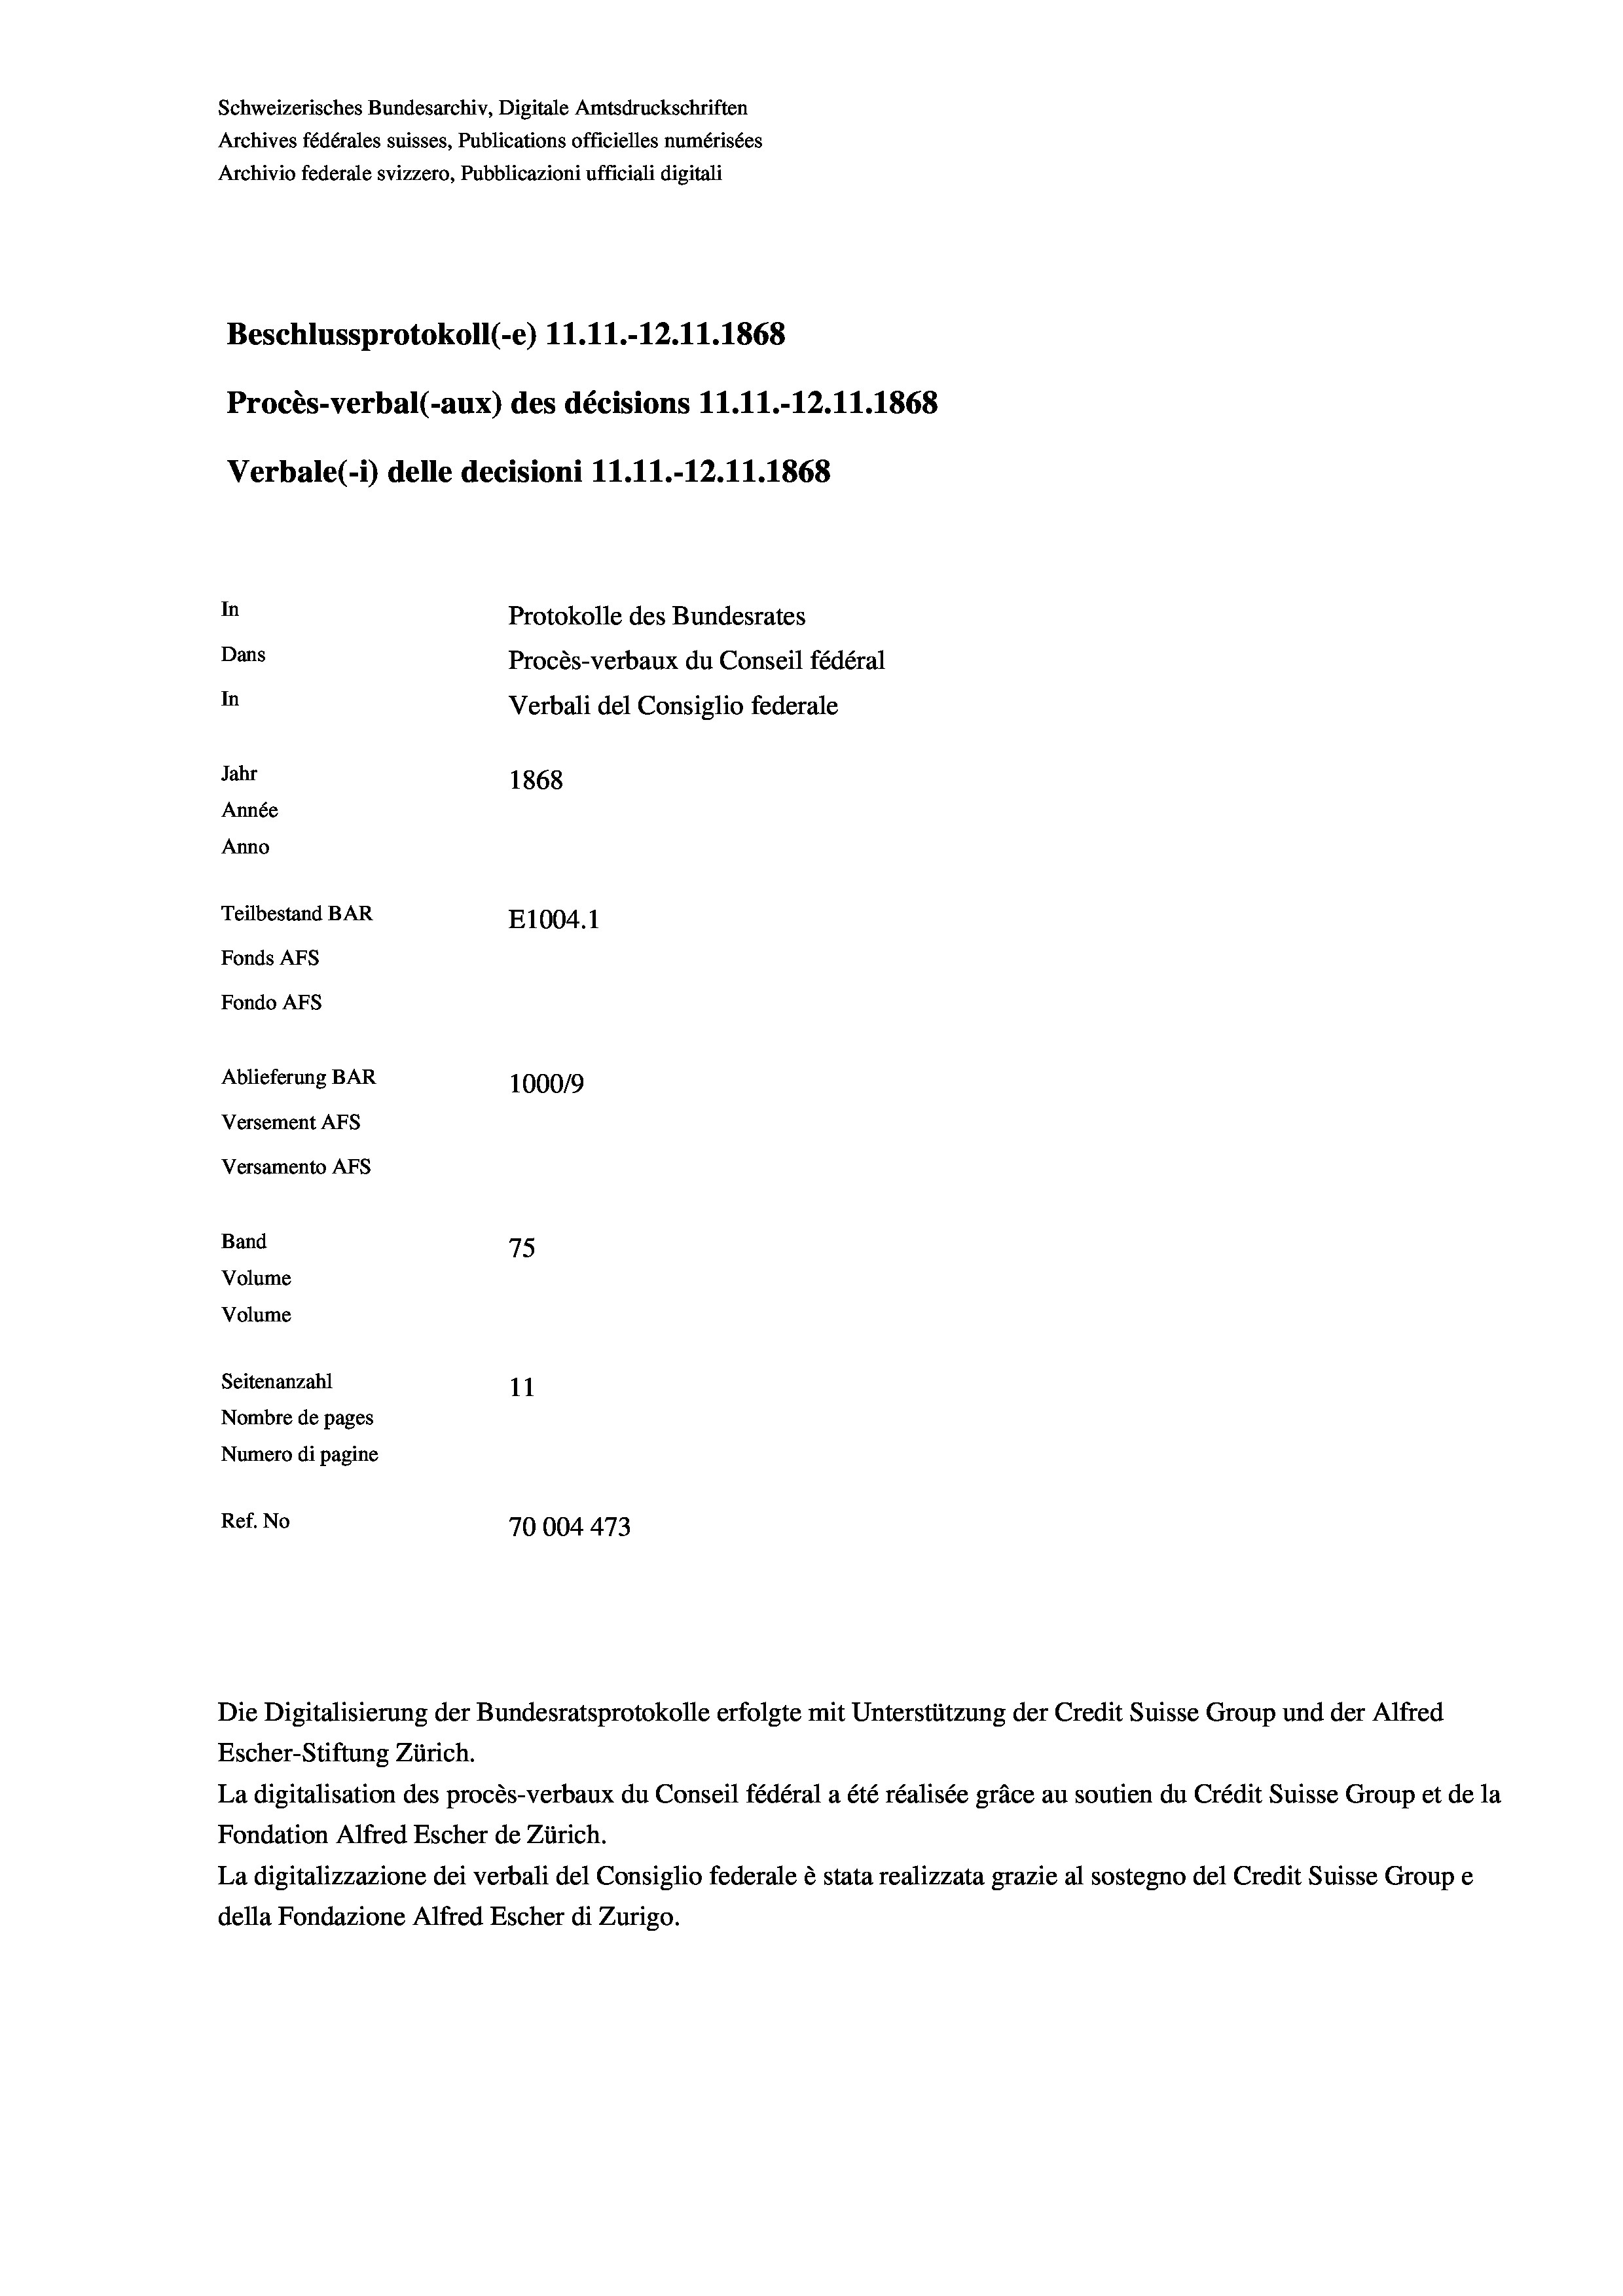
Schweizerisches Bundesarchiv, Digitale Amtsdruckschriften
Archives fédérales suisses, Publications officielles numérisées
Archivio federale svizzero, Pubblicazioni ufficiali digitali
Beschlussprotokoll (-e) 11.11.-12.11.1868
Procès-verbal (-aux) des décisions 11.11.-12.11.1868
Verbale (i) delle decisioni 11.11.-12.11.1868
In
Protokolle des Bundesrates
Dans
Procès-verbaux du Conseil fédéral
In
Verbali del Consiglio federale
Jahr
1868
Année
Anno
Teilbestand BAR
E1004. 1
Fonds AEs
Fondo AFs
Ablieferung BAR
100019
Versement AFS
Versamento AFs
Band
75
Volume
Volume

Seitenanzahl
11
Nombre de pages
Numero di pagine
Ref. No
70004 473

Escher-Stiftung Zürich.
La digitalisation des procès-verbaux du Conseil fédéral a été réalisée gräce au soutien du Crédit Suisse Group et de la
Fondation Alfred Escher de Zürich.
La digitalizzazione dei verbali del Consiglio federale è stata realizzata grazie al sostegno del Credit Suisse Groupe
della Fondazione Alfred Escher di Zurigo.

Die Digitalisierung der Bundesratsprotokolle erfolgte mit Unterstützung der Credit Suisse Group und der Alfred